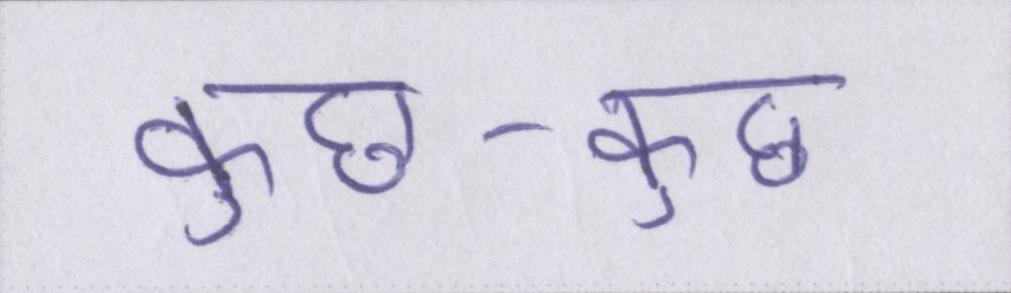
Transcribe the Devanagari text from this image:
कुछ-कुछ